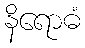
နိရောဓံ